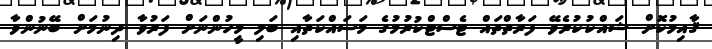
ޤާއިމުކޮށް ޝައްކުކުރެވޭ ފަރާތްތައް ޓެސްޓްކުރުމުގެ މަސައްކަތާއި ބަލި މީހުންނަށް ފަރުވާ ދިނުމަށް ބޭނުންވާ